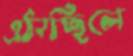
ওঠাচ্ছিলে